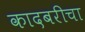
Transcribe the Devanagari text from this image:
कादबरीचा